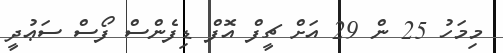
މިމަހު 25 ން 29 އަށް ޗީފް އޮފް ޑިފެންސް ފޯސް ސަޢުދީ